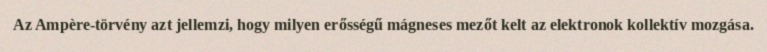
Az Ampère-törvény azt jellemzi, hogy milyen erősségű mágneses mezőt kelt az elektronok kollektív mozgása.